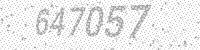
Solution: 647057